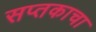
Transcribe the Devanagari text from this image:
सप्तकाचा